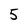
Character: 5